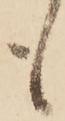
も